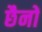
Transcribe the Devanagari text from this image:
छैनों